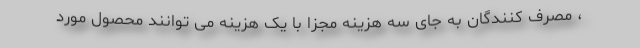
، مصرف کنندگان به جای سه هزینه مجزا با یک هزینه می توانند محصول مورد